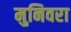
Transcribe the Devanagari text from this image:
मुनिवरा